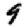
Digit: 9